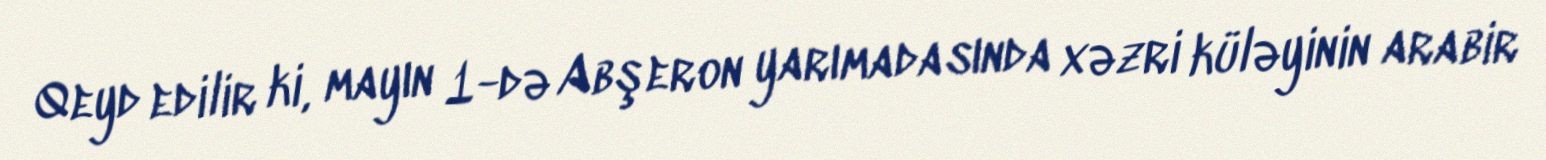
Qeyd edilir ki, mayın 1-də Abşeron yarımadasında xəzri küləyinin arabir